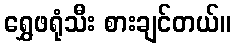
ရွှေဖရုံသီး စားချင်တယ်။